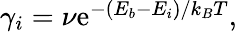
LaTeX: \begin{array}{r}{\gamma_{i}=\nu{\mathrm e}^{-(E_{b}-E_{i})/k_{B}T},}\end{array}